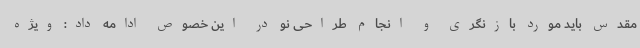
مقدس باید مورد بازنگری و انجام طراحی نو در این خصوص ادامه داد: ویژه